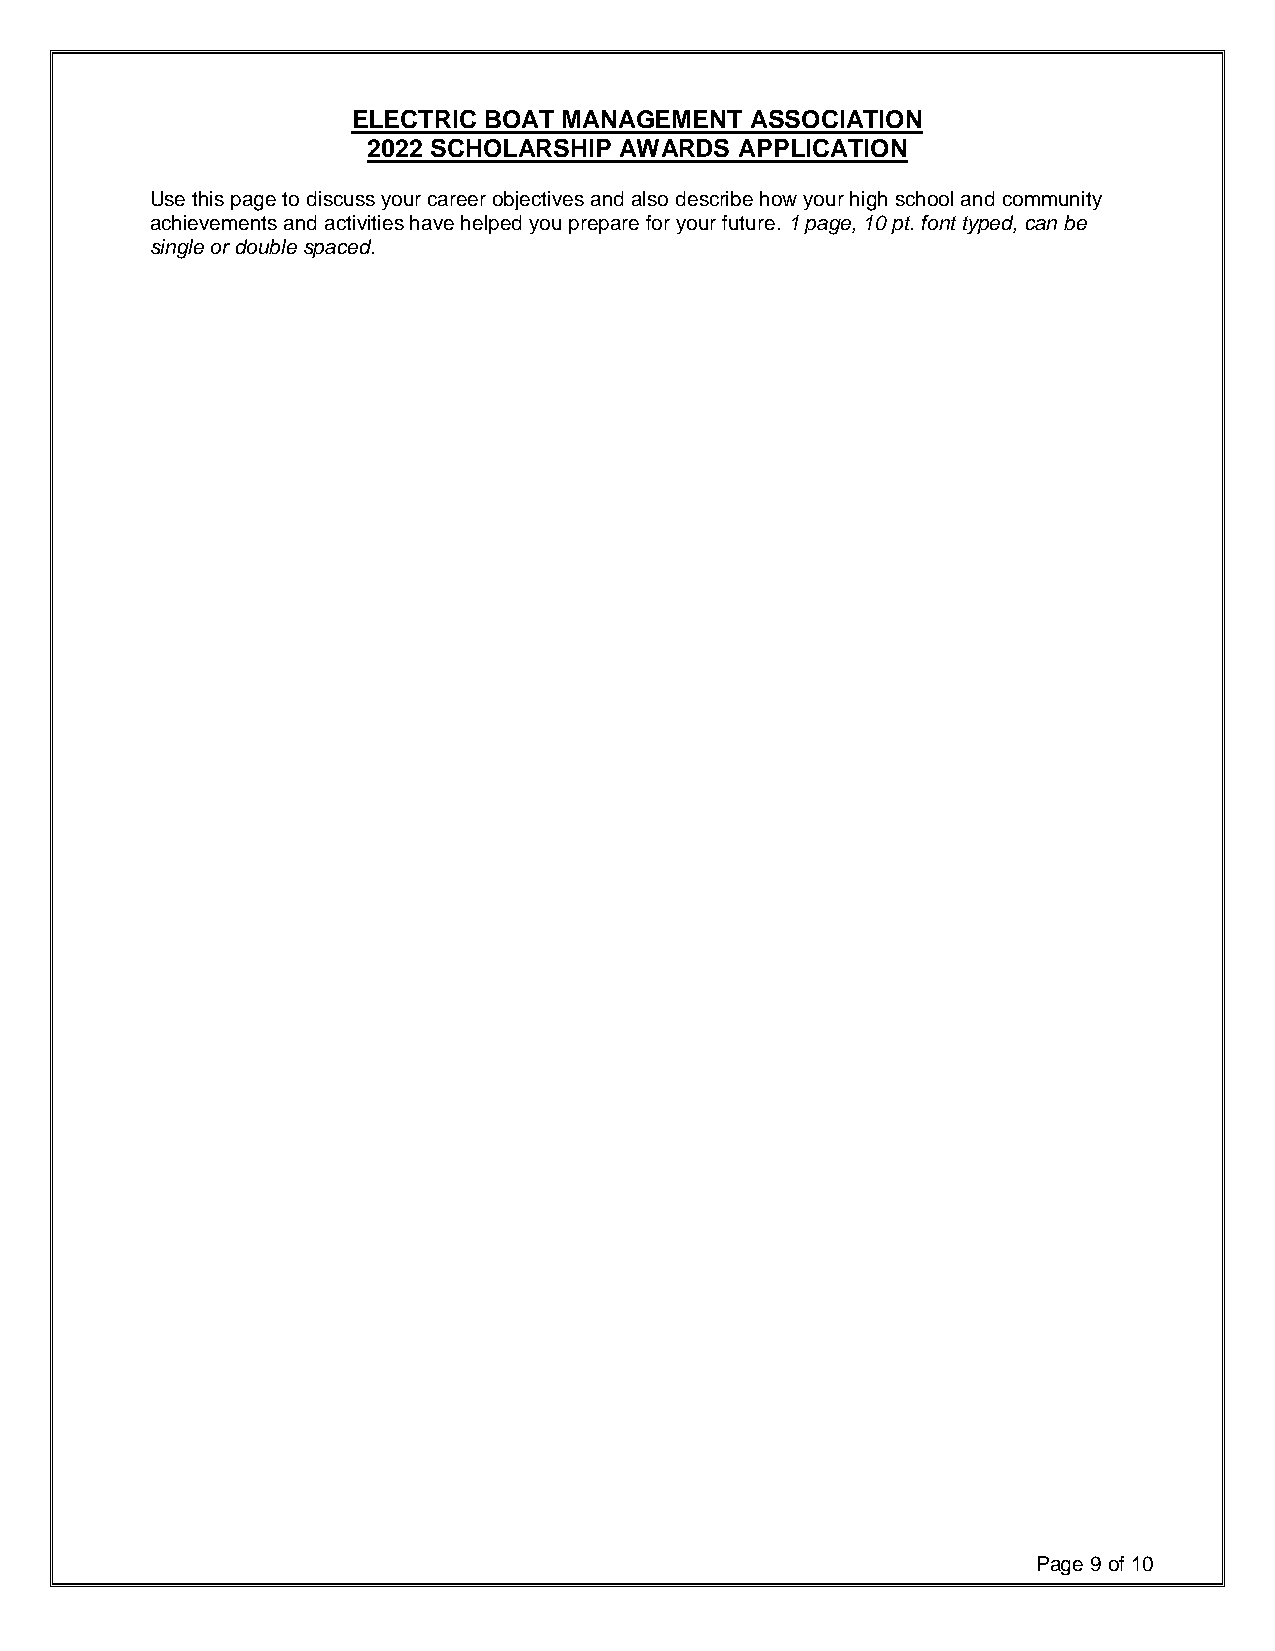
ELECTRIC BOAT MANAGEMENT   ASSOCIATION
 2022 SCHOLARSHIP AWARDS  APPLICATION
 Use this page to discuss your career objectives and also describe how your high school and community
 achievements and activities have helped you prepare for your future.1 page, 10 pt. font typed, can be
 single or double spaced.
 Page 9of 10